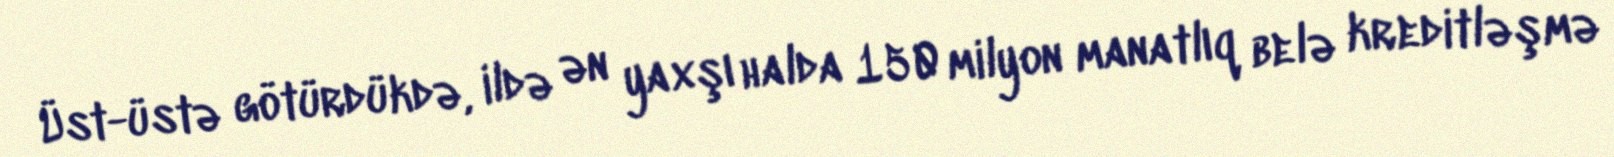
Üst-üstə götürdükdə, ildə ən yaxşı halda 150 milyon manatlıq belə kreditləşmə